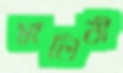
মালিনী